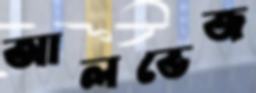
আলভেজ